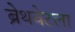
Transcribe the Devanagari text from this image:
ब्रेथवेटला